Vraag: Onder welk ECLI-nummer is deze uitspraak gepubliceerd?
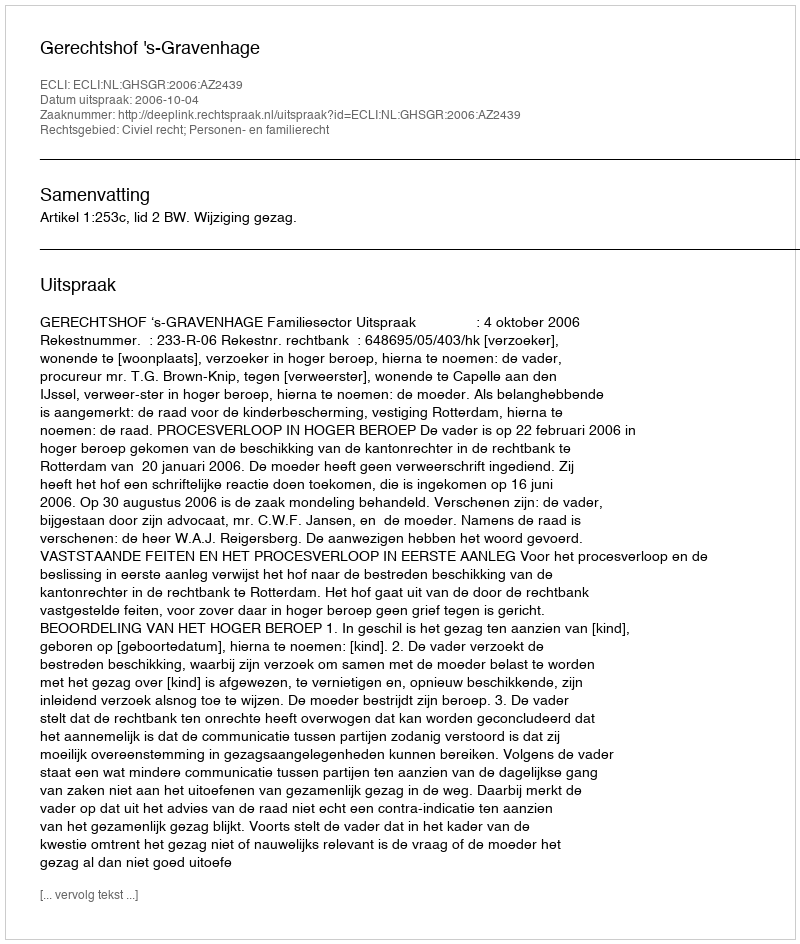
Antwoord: ECLI:NL:GHSGR:2006:AZ2439